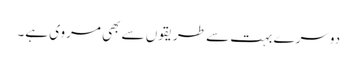
دوسرے بہت سے طریقوں سے بھی مروی ہے۔